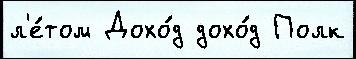
л'е́том Дохо́д дохо́д Полк